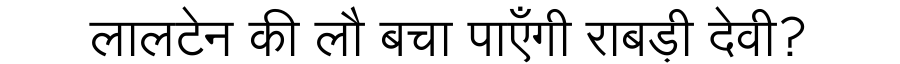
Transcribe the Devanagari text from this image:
लालटेन की लौ बचा पाएँगी राबड़ी देवी?